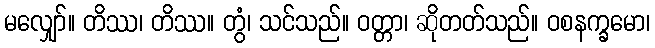
မလျှော်။ တိဿ၊ တိဿ။ တွံ၊ သင်သည်။ ဝတ္တာ၊ ဆိုတတ်သည်။ ဝစနက္ခမော၊